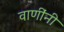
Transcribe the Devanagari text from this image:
वाणींनी